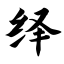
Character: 绎